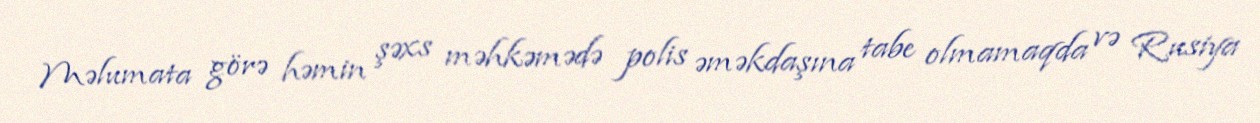
Məlumata görə həmin şəxs məhkəmədə polis əməkdaşına tabe olmamaqda və Rusiya